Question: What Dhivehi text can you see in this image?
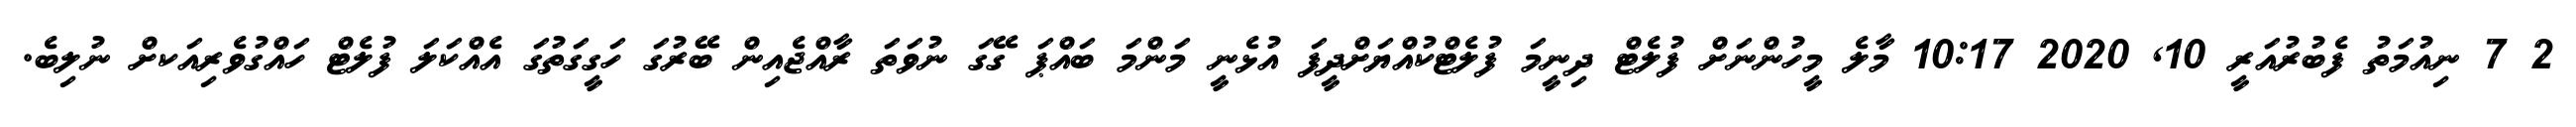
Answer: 2 7 ނިއުމަތު ފެބުރުއަރީ 10, 2020 10:17 މާލެ މީހުންނަށް ފުލެޓް ދިނީމަ ފުލެޓްކުއްޔަށްދީފަ އުޅެނީ މަންމަ ބައްޕަ ގޭގަ ނުވަތަ ރާއްޖެއިން ބޭރުގަ ހަގީގަތުގަ އެއްކަލަ ފުލެޓް ހައްގުވެރިއަކށް ނުލިބެ.